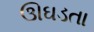
ઊઘડતા